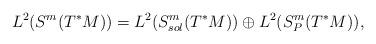
LaTeX: \begin{align*}L^2(S^m(T^*M))=L^2(S^m_{sol}(T^*M))\oplus L^2(S^m_{P}(T^*M)),\end{align*}